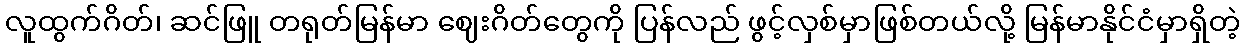
လူထွက်ဂိတ်၊ ဆင်ဖြူ တရုတ်မြန်မာ ဈေးဂိတ်တွေကို ပြန်လည် ဖွင့်လှစ်မှာဖြစ်တယ်လို့ မြန်မာနိုင်ငံမှာရှိတဲ့